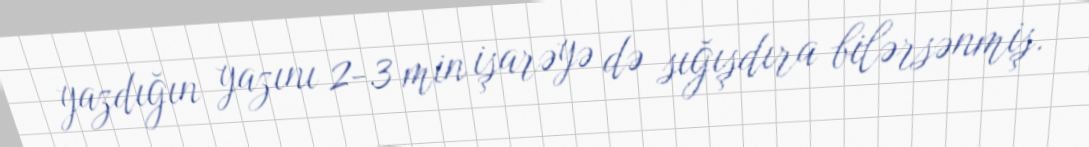
yazdığın yazını 2-3 min işarəyə də sığışdıra bilərsənmiş.